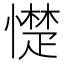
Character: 憷